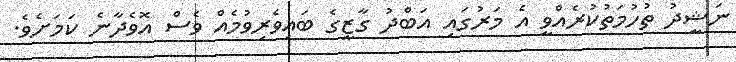
ނަޝީދު ތުހުމަތުކުރެއްވީ އެ މަރުގައި އަބްދު ގާޒީގެ ބައިވެރިވުމެއް ވެސް އޮވެދާނެ ކަމަށެވެ.